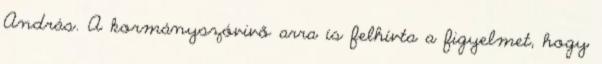
András. A kormányszóvivő arra is felhívta a figyelmet, hogy